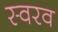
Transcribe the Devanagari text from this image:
स्वरव